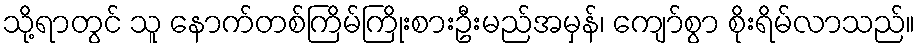
သို့ရာတွင် သူ နောက်တစ်ကြိမ်ကြိုးစားဦးမည်အမှန်၊ ကျော်စွာ စိုးရိမ်လာသည်။